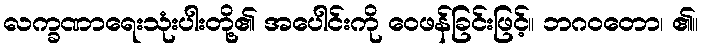
လက္ခဏာရေးသုံးပါးတို့၏ အပေါင်းကို ဝေဖန်ခြင်းဖြင့်။ ဘဂဝတော၊ ၏။